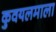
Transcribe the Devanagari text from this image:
कुवयलमाला